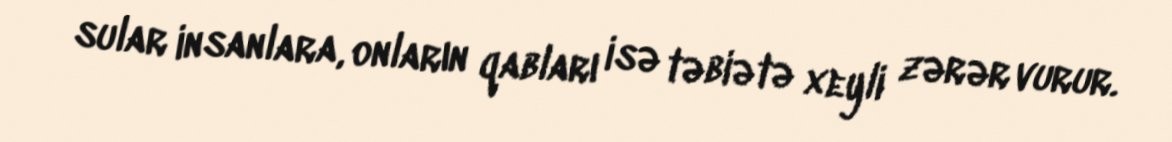
sular insanlara, onların qabları isə təbiətə xeyli zərər vurur.